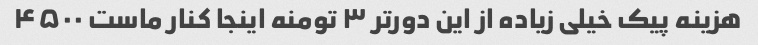
هزینه پیک خیلی زیاده از این دورتر ۳ تومنه اینجا کنار ماست ۴۵۰۰